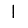
Digit: 1